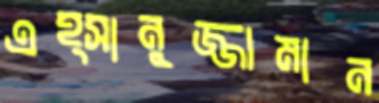
এহ্সানুজ্জামান